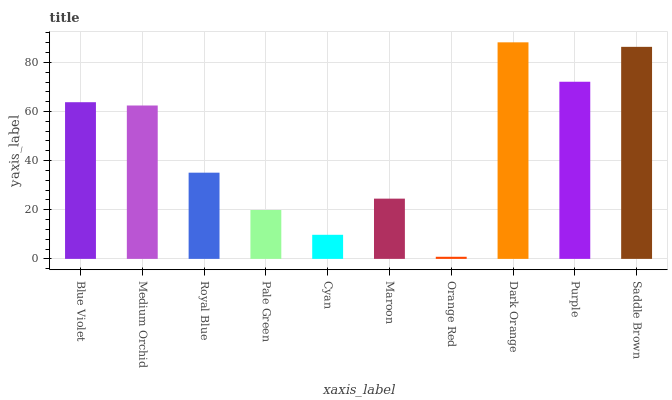
| xaxis_label | bars |
 | --- | --- |
 | Blue Violet | 63.8 |
 | Medium Orchid | 62.5 |
 | Royal Blue | 35.1 |
 | Pale Green | 19.9 |
 | Cyan | 9.81 |
 | Maroon | 24.5 |
 | Orange Red | 0.856 |
 | Dark Orange | 88.2 |
 | Purple | 72.1 |
 | Saddle Brown | 86.3 |